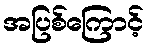
အပြစ်ကြောင့်